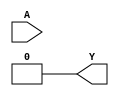
module combinational_logic_block (
    input wire [3:0] A, // 4 input variables (A[3:0])
    output wire Y       // Output of the combinational logic
);

// Internal signals
wire [15:0] minterms; // Minterm outputs for 4 variables
wire [15:0] prime_implicants; // Prime implicants
wire [15:0] essential_prime_implicants; // Essential prime implicants

// Truth table generation (example for a specific function)
assign minterms = (A == 4'b0001) | (A == 4'b0011) | (A == 4'b0110) | (A == 4'b1111); // Example minterms

// Prime Implicant Identification (simplified for demonstration)
assign prime_implicants = minterms; // In a real implementation, this would be derived from a more complex process

// Essential Prime Implicant Selection
assign essential_prime_implicants[0] = prime_implicants[1]; // Example logic for essential implicants
assign essential_prime_implicants[1] = prime_implicants[3]; // Example logic for essential implicants
assign essential_prime_implicants[2] = prime_implicants[6]; // Example logic for essential implicants
assign essential_prime_implicants[3] = prime_implicants[15]; // Example logic for essential implicants

// Output Logic Formulation
assign Y = essential_prime_implicants[1] | essential_prime_implicants[3]; // Combine essential prime implicants

endmodule